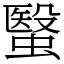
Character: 䗟